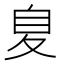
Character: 𮶖